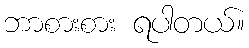
ဘာစားစား ရပါတယ်။